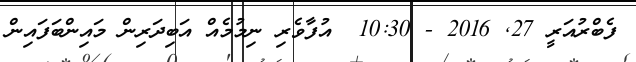
ފެބްރުއަރީ 27